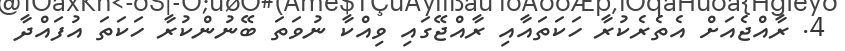
4. ރާއްޖެއަށް އެތެރެކުރާ ހަކަތައާއި ރާއްޖޭގައި ވިއްކާ ނުވަތަ ބޭނުންކުރާ ހަކަތަ އުފައްދާ